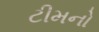
ટીમનો